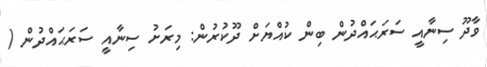
ވާދޫ ސިނާއީ ސަރަޙައްދުން ބިން ކުއްޔަށް ދޫކުރުން: މިރަށު ސިނާއީ ސަރަޙައްދުން (